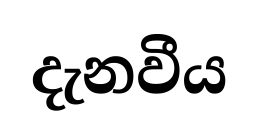
දැනවීය